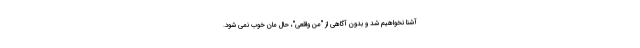
آشنا نخواهیم شد و بدون آگاهی از "منِ واقعی"، حال مان خوب نمی شود.